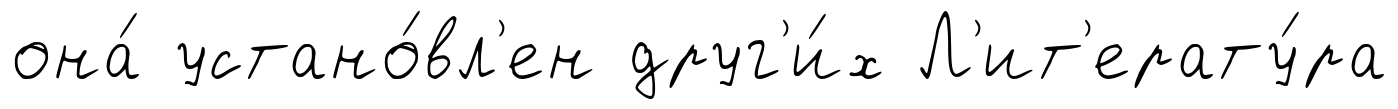
она́ устано́вл'ен друг'и́х Л'ит'ерату́ра